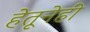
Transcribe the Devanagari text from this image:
हेतूनेही